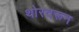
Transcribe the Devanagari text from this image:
थोरवरून